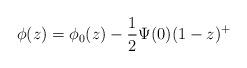
LaTeX: \begin{align*} \phi(z)=\phi_0(z)-\frac{1}{2}\Psi(0)(1-z)^+\end{align*}